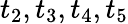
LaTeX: t_{2},t_{3},t_{4},t_{5}